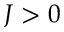
J > 0